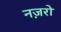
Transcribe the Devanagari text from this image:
नज़रो